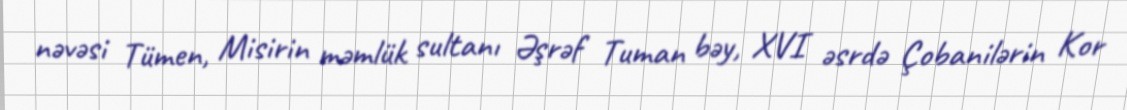
nəvəsi Tümen, Misirin məmlük sultanı Əşrəf Tuman bəy, XVI əsrdə Çobanilərin Kor